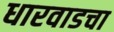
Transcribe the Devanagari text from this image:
धारवाडचा